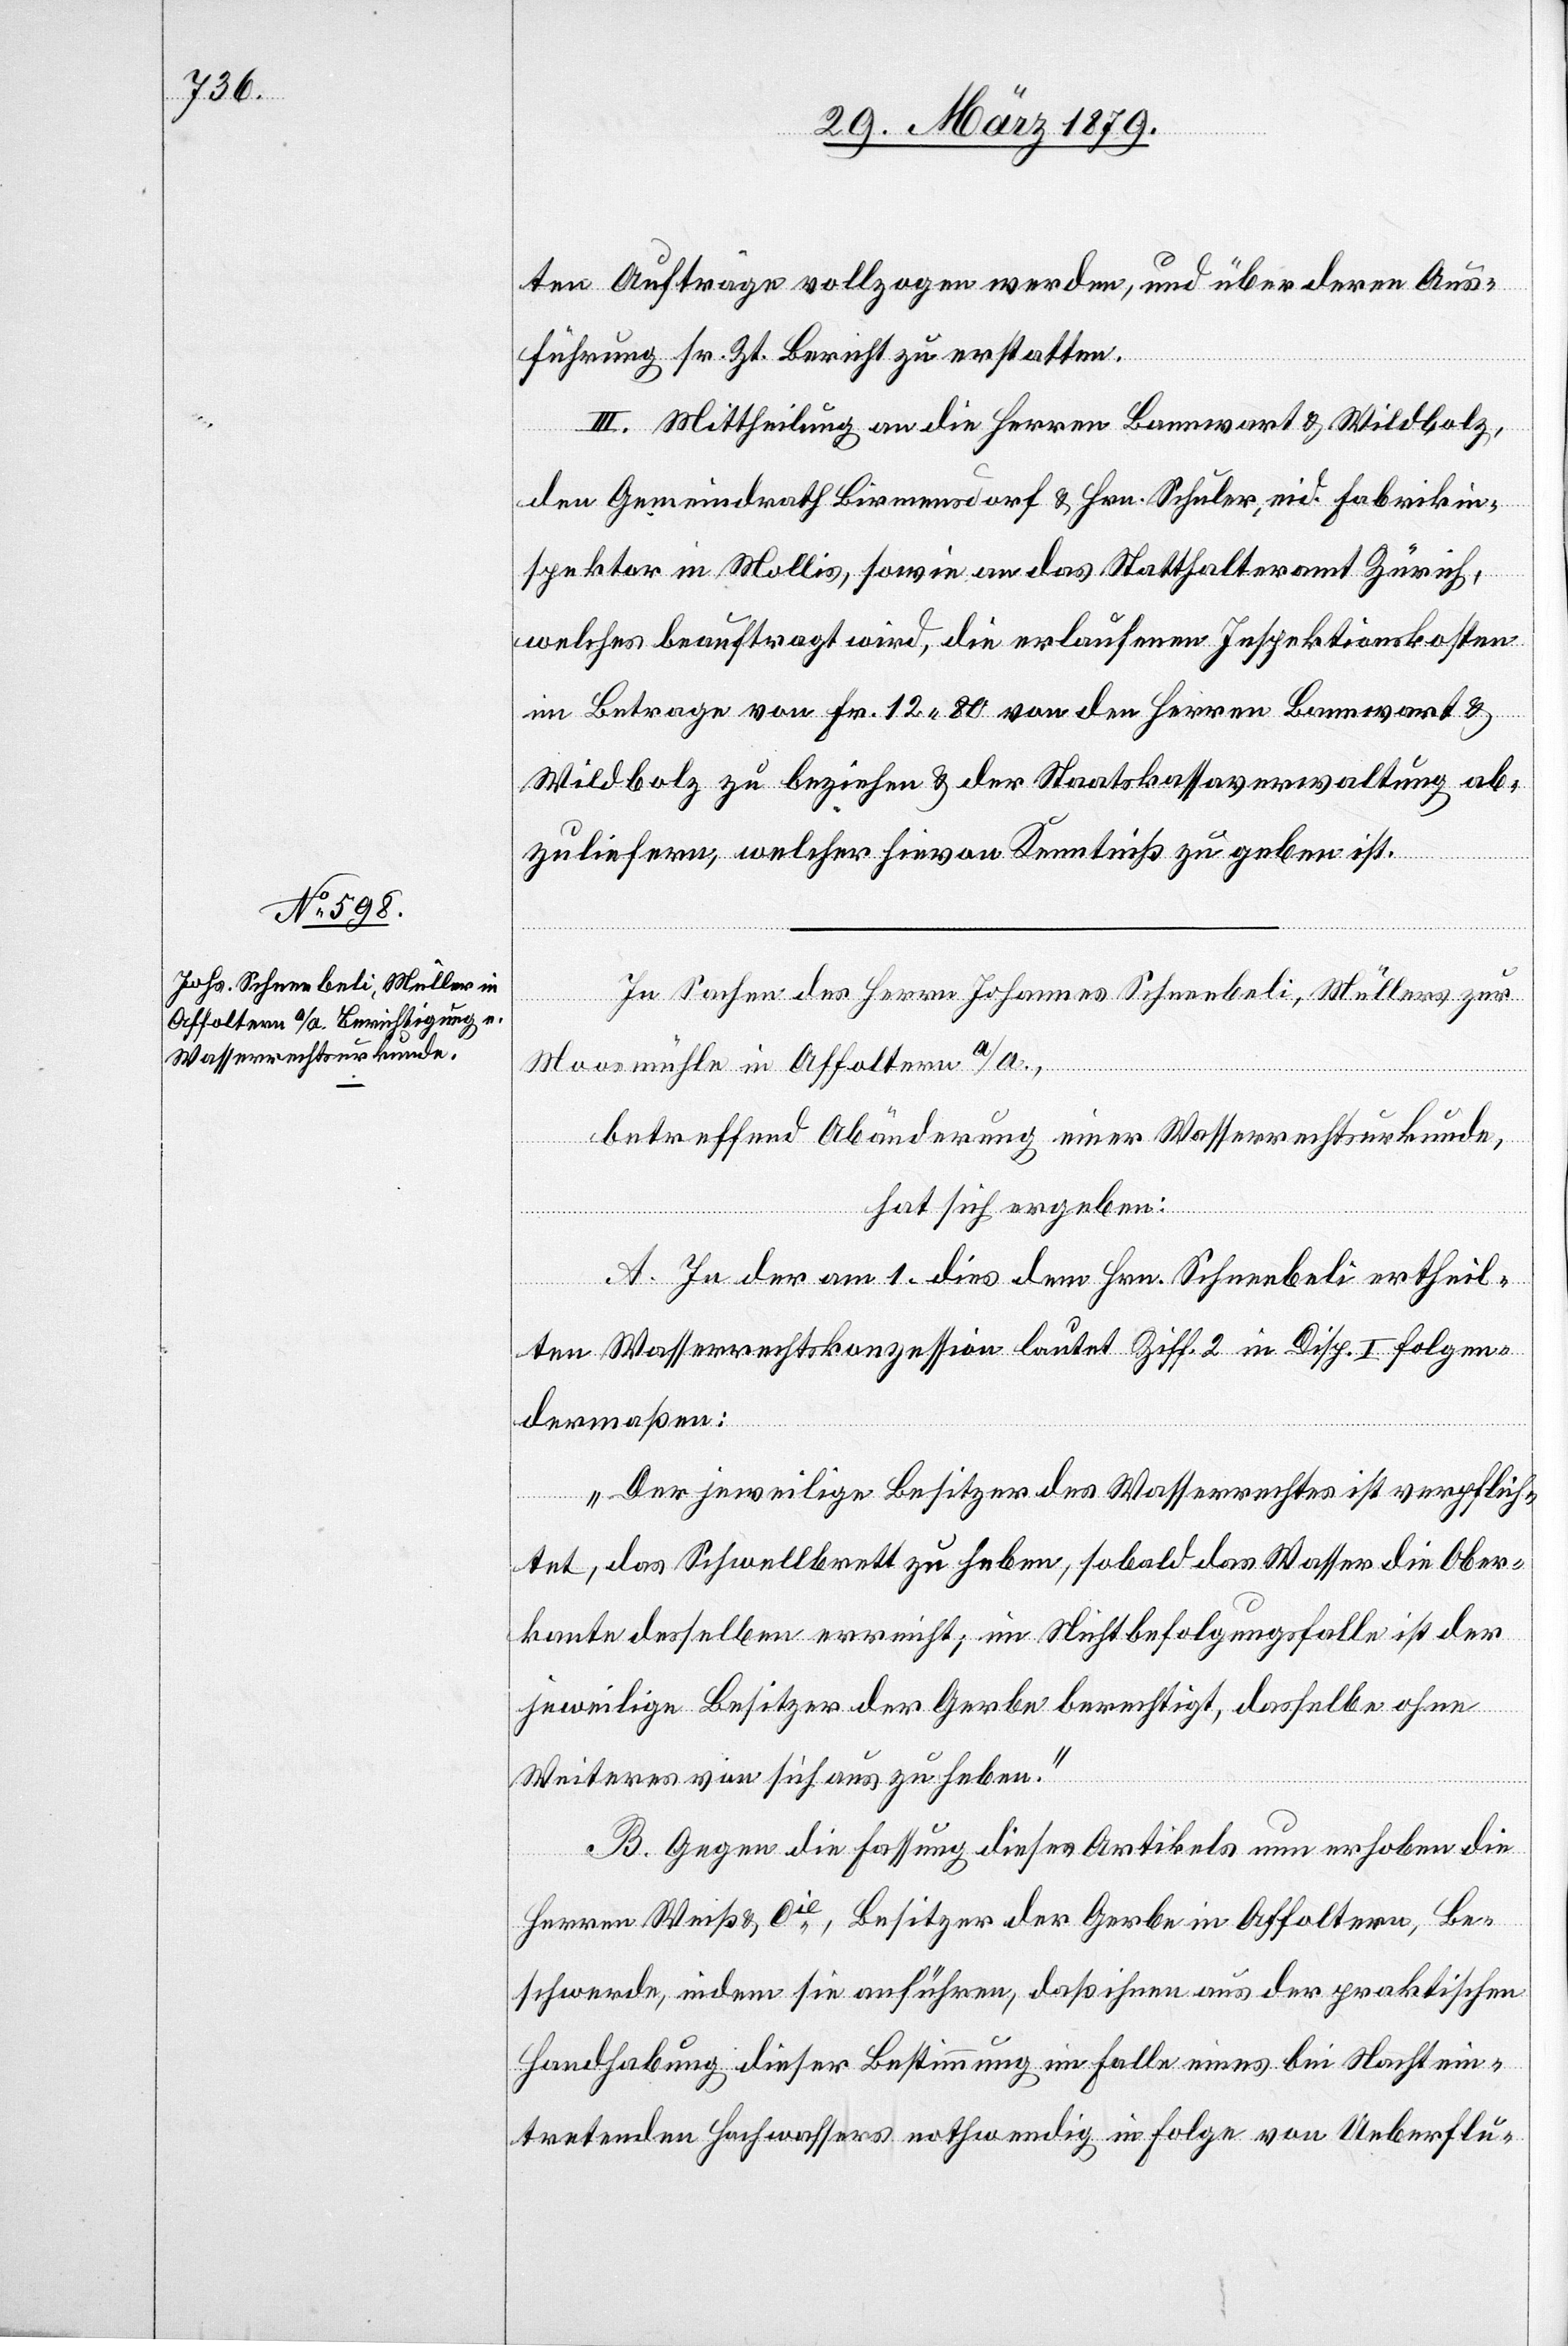
ten Aufträge vollzogen werden, und über deren Aus¬
führung sr. Zt. Bericht zu erstatten.
III. Mittheilung an die Herren Bannwart & Wildbolz,
den Gemeindrath Birmensdorf & Hrn. Schuler, eid. Fabrikin¬
spektor in Mollis, sowie an das Statthalteramt Zürich,
welches beauftragt wird, die erlaufenen Inspektionskosten
im Betrage von Fr. 12 80 von den Herren Bannwart &
Wildbolz zu beziehen & der Staatskassaverwaltung ab¬
zuliefern, welcher hievon Kenntniß zu geben ist.
In Sachen des Herrn Johannes Schneebeli, Müllers zur
Moosmühle in Affoltern a/A.,
betreffend Abänderung einer Wasserrechtsurkunde,
hat sich ergeben:
A. In der am 1. dies dem Hrn. Schneebeli ertheil¬
ten Wasserrechtskonzession lautet Ziff. 2 in Disp. I folgen¬
dermaßen:
„Der jeweilige Besitzer des Wasserrechtes ist verpflich¬
tet, das Schwellbrett zu heben, sobald das Wasser die Ober¬
kante desselben erreicht; im Nichtbefolgungsfalle ist der
jeweilige Besitzer der Gerbe berechtigt, dasselbe ohne
Weiteres von sich aus zu heben.“
B. Gegen diese Fassung dieses Artikels nun erhoben die
Herren Weiß & Cie, Besitzer der Gerbe in Affoltern, Be¬
schwerde, indem sie anführen, daß ihnen aus der praktischen
Handhabung dieser Bestimmung im Falle eines bei Nacht ein¬
tretenden Hochwassers nothwendig in Folge einer Ueberflu-